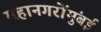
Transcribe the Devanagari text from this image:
महानगरोंमुंबई